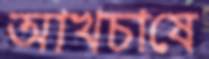
আখচাষে